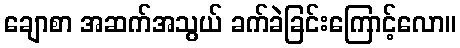
ချောစာ အဆက်အသွယ် ခက်ခဲခြင်းကြောင့်လော။